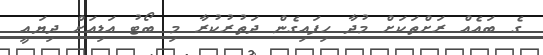
ގެ ބައެއް ރަށްތަކަށް މުދާ ހިފައިގެން ދަތުރުކުރާ މި ބޯޓު އަޑިއަށް ދިޔައީ